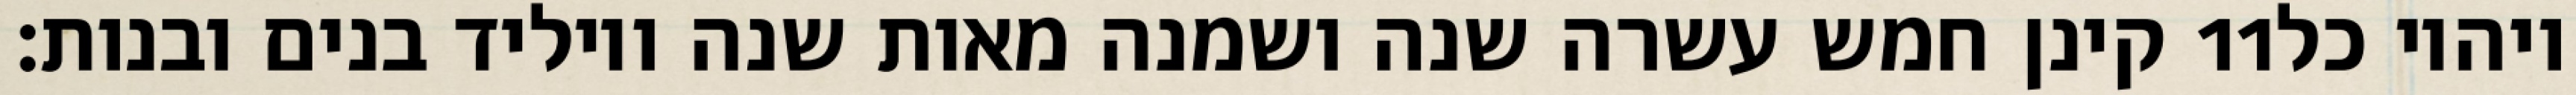
קינן חמש עשרה שנה ושמנה מאות שנה ויוליד בנים ובנות׃ ‎11‏ ויהיו כל